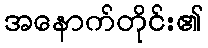
အနောက်တိုင်း၏